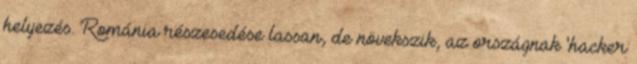
helyezés. Románia részesedése lassan, de növekszik, az országnak 'hacker